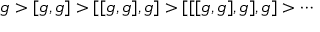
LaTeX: { \mathfrak { g } } > [ { \mathfrak { g } } , { \mathfrak { g } } ] > [ [ { \mathfrak { g } } , { \mathfrak { g } } ] , { \mathfrak { g } } ] > [ [ [ { \mathfrak { g } } , { \mathfrak { g } } ] , { \mathfrak { g } } ] , { \mathfrak { g } } ] > \cdots